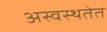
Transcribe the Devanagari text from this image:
अस्वस्थतेत